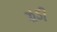
ઝૂડી